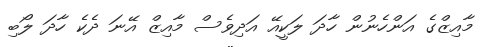
މާއިޒްގެ އަންހެނުން ހާދަ ލަކީއޭ އަދިވެސް މާއިޒް އޭނަ ދެކެ ހާދަ ލޯބި